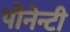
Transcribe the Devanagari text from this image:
पोनेन्टी